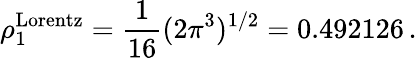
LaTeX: \rho_{1}^{\mathrm{Lorentz}}=\frac{1}{16}(2\pi^{3})^{1/2}=0.492126\, .